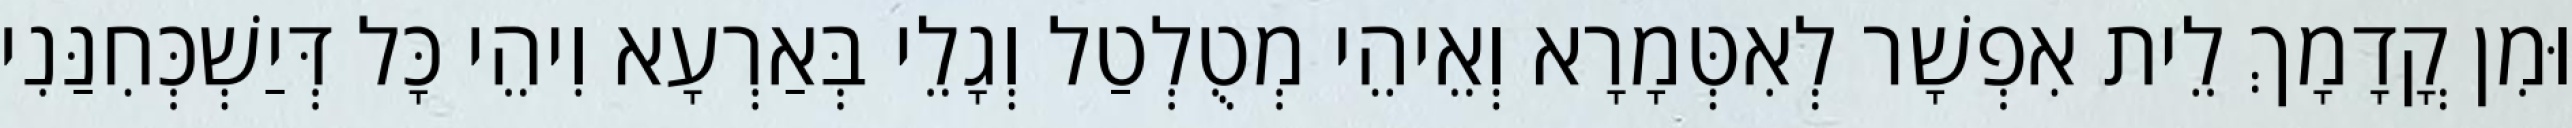
וּמִן קֳדָמָךְ לֵית אִפְשָׁר לְאִטְּמָרָא וְאֵיהֵי מְטֻלְטַל וְגָלֵי בְּאַרְעָא וִיהֵי כָּל דְּיַשְׁכְּחִנַּנִי